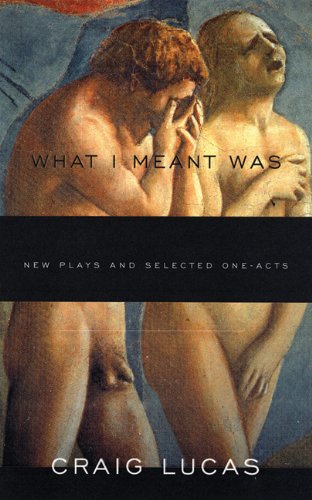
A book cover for What I Meant Was: New Plays and Selected One-Acts; Craig Lucas; Literature & Fiction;